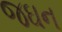
જઘન